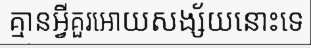
គ្មានអ្វីគួរអោយសង្ស័យនោះទេ